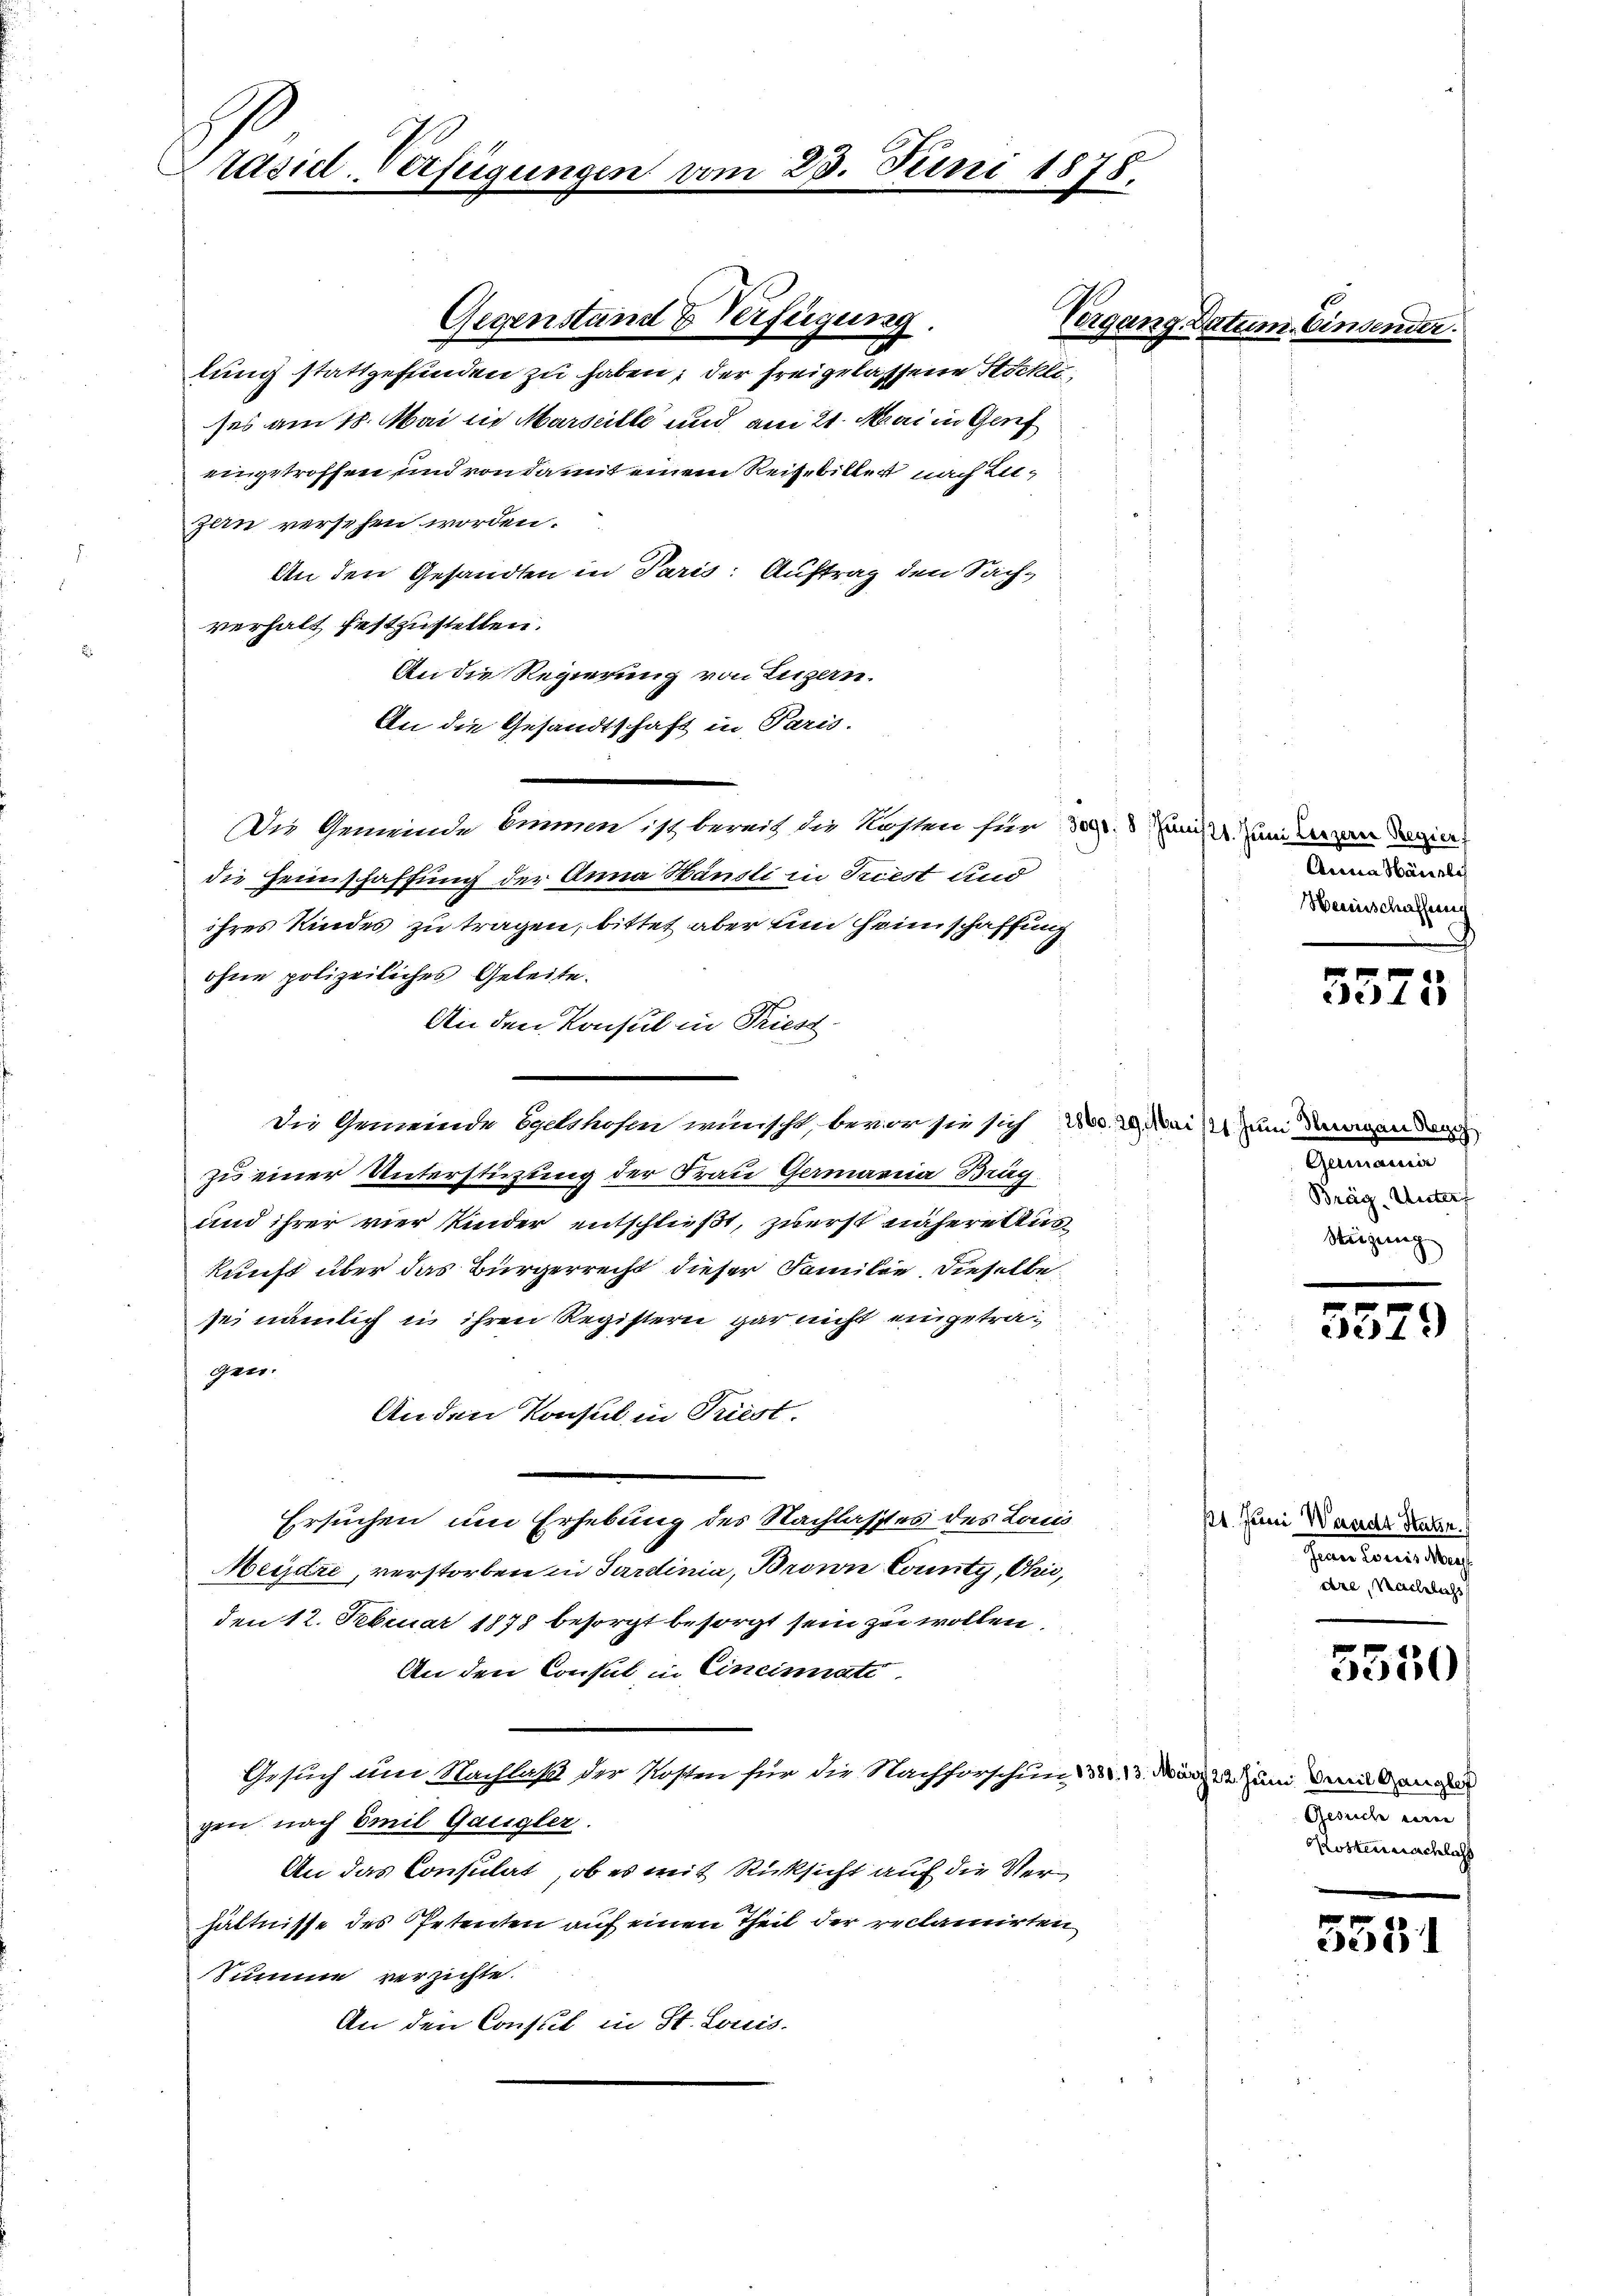
räsidl-Verfügungen vom 23. Juni 1878.

lung stattgefunden zu haben; der freigelassene Stöckli
ses am 18. Mai in Marseille und am 21. Mai in Genf
eingetroffen und von damit einem Reise bitter nach Luzen versehen worden.
An den Gesandten in Paris: Auftrag den Sach-
verhalt festzustellen.
An die Regierung von Luzern.
An die Gesandtschaft in Paris.
Die Gemeinde Emmen ist bereit die Kosten für
die Heimschaffung der Anna Häusli in Triest und
ihres Kindes zu tragen, bittet aber ein Heimschaffung
ohne polizeiliches Geleite.
An den Konsul in Priesc
die Gemeinde Egeshofen wünscht, bevor sie sich No. 2. Mai um demande
zu einer Unterstüzung der Frau Germania Bräg.
und ihrer vier Kinder entschließt, zuerst nähere Auskunft über das Bürgerrecht dieser Familie. Dieselbe
sei nämlich in ihren Registern gar nicht eingetragen.
An den Konsul in Priest.
Ersuchen um Erhebung des Nachlasses des Louis
Meidre, verstorben in Sardinia, Brown County, Uri,
den 12. Februar 1878 besorgt besorgt sein zu wollen,
An den Consul in Cincinati
Gesuch um Nachlaß der Kosten für die Nachforschen d. 13. März zum den dana
gen nach Emil Gangler.
An das Consulat, ob es mit Rücksicht auf die Verhältnisse des Petenten auf einen Theil der reclamirten
Summe verzichte.
An den Consul in St. Louis-

Gegenstand & Verfügung.

Vergang Datum. Ein

nis 1. Juni Lezzerer Regier
Anna Häusle
Heeinschaffeneng

Gemeinen
Bräg. Unters
Stüzung

5575.

1
5529

11. Juni Waadt Statzn.
Jean kann ich
dre, Nachlichs

5550

Gesich seine
Kosten nachlass

555